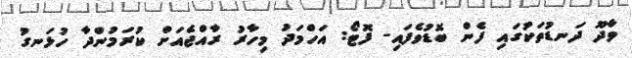
ވާދޫ ދަނޑުތަކުގައި ފެން ބޮޑުވެފައި- ފޮޓޯ: އަހްމަދު މިހާރު ރާއްޖެއަށް ކުރަމުންދާ ހުޅަނގު